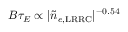
B \tau _ { E } \propto | \tilde { n } _ { e , \mathrm { L R R C } } | ^ { - 0 . 5 4 }